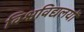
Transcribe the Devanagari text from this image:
विश्वविद्यलयों